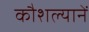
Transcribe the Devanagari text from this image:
कौशल्यानें